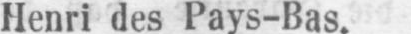
Henri des Pays-Bas.